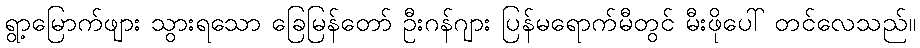
ရွာ့မြောက်ဖျား သွားရသော ခြေမြန်တော် ဦးဂန်ဂျား ပြန်မရောက်မီတွင် မီးဖိုပေါ် တင်လေသည်။